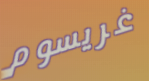
غريسوم